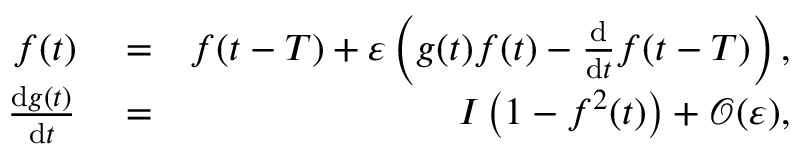
\begin{array} { r l r } { f ( t ) } & { { } = } & { f ( t - T ) + \varepsilon \left( g ( t ) f ( t ) - \frac { \mathrm { d } } { \mathrm { d } t } f ( t - T ) \right) , } \\ { \frac { \mathrm { d } g ( t ) } { \mathrm { d } t } } & { { } = } & { I \left( 1 - f ^ { 2 } ( t ) \right) + \mathcal { O } ( \varepsilon ) , } \end{array}